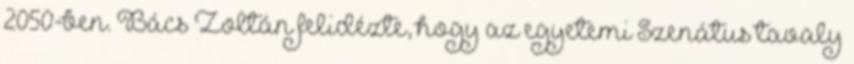
2050-ben. Bács Zoltán felidézte, hogy az egyetemi Szenátus tavaly